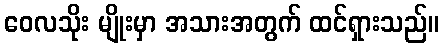
ဝေလသိုး မျိုးမှာ အသားအတွက် ထင်ရှားသည်။